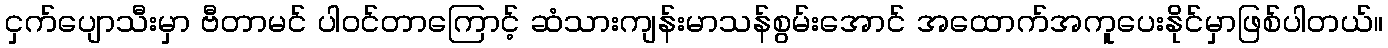
ငှက်ပျောသီးမှာ ဗီတာမင် ပါဝင်တာကြောင့် ဆံသားကျန်းမာသန်စွမ်းအောင် အထောက်အကူပေးနိုင်မှာဖြစ်ပါတယ်။